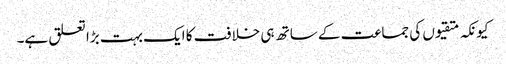
کیونکہ متقیوں کی جماعت کے ساتھ ہی خلافت کا ایک بہت بڑا تعلق ہے۔